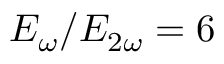
E _ { \omega } / E _ { 2 \omega } = 6